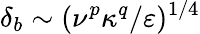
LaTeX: \delta_{b}\sim(\nu^{p}\kappa^{q}/\varepsilon)^{1/4}